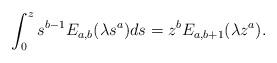
LaTeX: \begin{align*}\int_0^z s^{b-1}E_{a,b}(\lambda s^a)ds=z^bE_{a,b+1}(\lambda z^a).\end{align*}